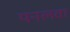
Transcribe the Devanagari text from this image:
पनलवा